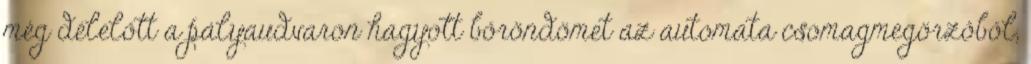
még délelőtt a pályaudvaron hagyott bőröndömet az automata csomagmegörzőből,